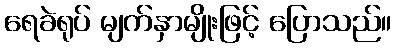
ရေခဲရုပ် မျက်နှာမျိုးဖြင့် ပြောသည်။